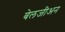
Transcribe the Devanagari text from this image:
बेलजीअन